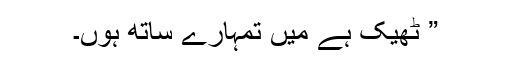
” ٹھیک ہے میں تمہارے ساتھ ہوں۔